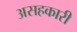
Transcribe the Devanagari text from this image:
असहकारी